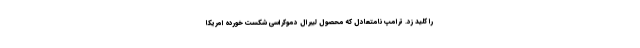
را کلید زد. ترامپ نامتعادل که محصول لیبرال دموکراسی شکست خورده امریکا